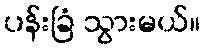
ပန်းခြံ သွားမယ်။